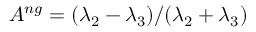
A ^ { n g } = ( \lambda _ { 2 } - \lambda _ { 3 } ) / ( \lambda _ { 2 } + \lambda _ { 3 } )